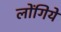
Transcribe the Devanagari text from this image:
लोंगिये